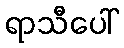
ရာသီပေါ်